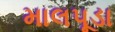
માલપૂડા